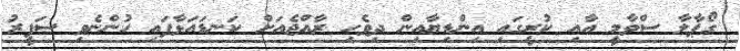
ގޯޕާލާ ސްވާމީ އާއި ކުރީގައި އިންޑިޔާއިން ދިވެހި ރާއްޖެއަށް ކަނޑައަޅާފައި ހުންނެވި ސަފީރު